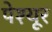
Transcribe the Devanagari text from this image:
पेश्यूर